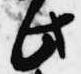
此